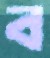
ব